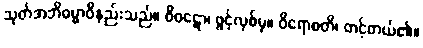
သုတ်အဘိဓမ္မာဝိနည်းသည်။ ဝိဝဋော၊ ဖွင့်လှစ်မှ။ ဝိရောစတိ၊ တင့်တယ်၏။